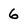
Character: 6